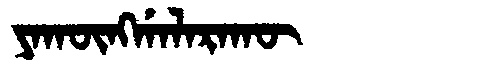
Manchu: ᠶᠠᡴᡡᠩᡤᠠᠯᠠᡵᠠᡴᡡ
Romanization: YAKŪNGGALARAKŪ